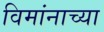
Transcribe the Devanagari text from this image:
विमांनाच्या